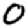
Digit: 0